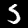
Label: 5